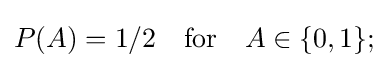
P(A)=1/2\quad {\text{for}}\quad A\in \{0,1\};